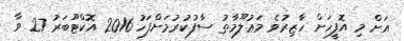
އަށް މި އޮފީހަށް ހާޒިރުވެ މަޢުލޫމާތު ސާފުކުރުމަށްފަހު 2016 އޮކްޓޫބަރު 27 ވާ